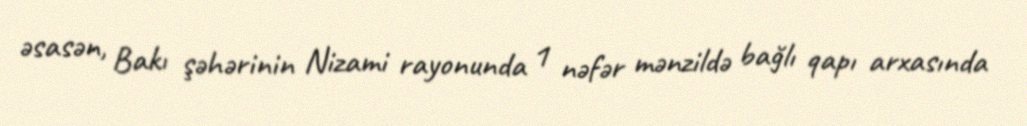
əsasən, Bakı şəhərinin Nizami rayonunda 1 nəfər mənzildə bağlı qapı arxasında